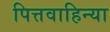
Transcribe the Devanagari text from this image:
पित्तवाहिन्या